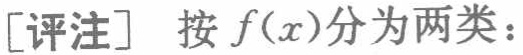
[评注] 按 \(f(x)\)分为两类：